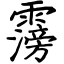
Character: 霶